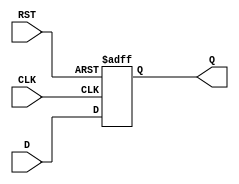
module stage_register #(
    parameter WIDTH = 8 // Parameter to define the width of the data input/output
)(
    input  wire [WIDTH-1:0] D,    // Data input
    input  wire CLK,                // Clock input
    input  wire RST,                // Reset input
    output reg  [WIDTH-1:0] Q       // Data output
);

// Sequential logic for the stage register
always @(posedge CLK or posedge RST) begin
    if (RST) begin
        Q <= {WIDTH{1'b0}}; // Asynchronous reset: set output to 0
    end else begin
        Q <= D; // Capture input data on the rising edge of CLK
    end
end

endmodule